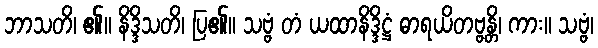
ဘာသတိ၊ ၏။ နိဒ္ဒိသတိ၊ ပြ၏။ သဗ္ဗံ တံ ယထာနိဒ္ဒိဋ္ဌံ ဓာရယိတဗ္ဗန္တိ၊ ကား။ သဗ္ဗံ၊